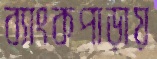
ব্যাংকপাড়ায়